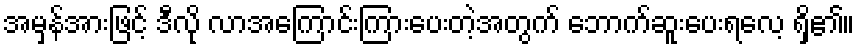
အမှန်အားဖြင့် ဒီလို လာအကြောင်းကြားပေးတဲ့အတွက် ဘောက်ဆူးပေးရလေ့ ရှိ၏။